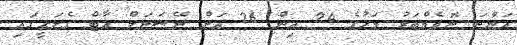
އަންނަ ނޮވެމްބަރު މަހުގެ 24 އިން 26 އަށް ނޭޝަނަލް އާޓް ގެލަރީގައި